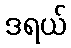
ဒရယ်